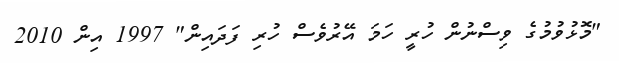
"މޮޅުވުމުގެ ވިސްނުން ހުރީ ހަމަ އޭރުވެސް ހުރި ފަދައިން" 1997 އިން 2010